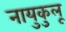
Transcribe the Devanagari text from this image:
नायुकुलू